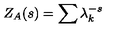
Z _ { A } ( s ) = \sum \lambda _ { k } ^ { - s }